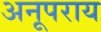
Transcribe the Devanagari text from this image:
अनूपराय